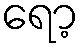
ရော့